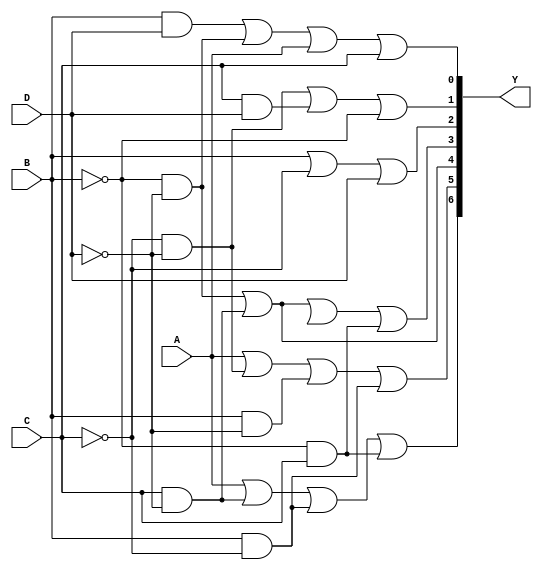
module bcd_struct(
    input A,B,C,D,
    output [6:0] Y
);

wire BD, NB_ND, NC_ND, CD;
wire B_ND, B_NC;
wire C_ND, B_NC_D, NB_C;

and U0(BD, B, D);
and U1(NB_ND, ~B, ~D);
and U2(N_CD, C, D);
and U3(CD, C, D);
and U4(C_ND, C, ~D);
and U5(B_NC_D, B, ~C, D);
and U6(NB_C, ~B, C);
and U7(NC_ND, ~C, ~D);
and U8(B_ND, B, ~D);
and U9(B_NC, B, ~C);

or Y0(Y[0], BD, NB_ND, A, C);
or Y1(Y[1], NC_ND, CD, ~B);
or Y2(Y[2], B, ~C, D);
or Y3(Y[3], NB_ND, C_ND, B_ND_D, NB_C);
or Y4(Y[4], NB_ND, C_ND,);
or Y5(Y[5], A, NC_ND, B_ND, B_NC);
or Y6(Y[6], A, C_ND, B_NC, NB_C);

endmodule